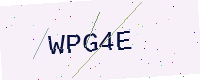
Text: WPG4E